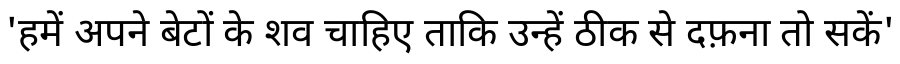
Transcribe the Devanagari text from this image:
'हमें अपने बेटों के शव चाहिए ताकि उन्हें ठीक से दफ़ना तो सकें'